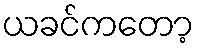
ယခင်ကတော့